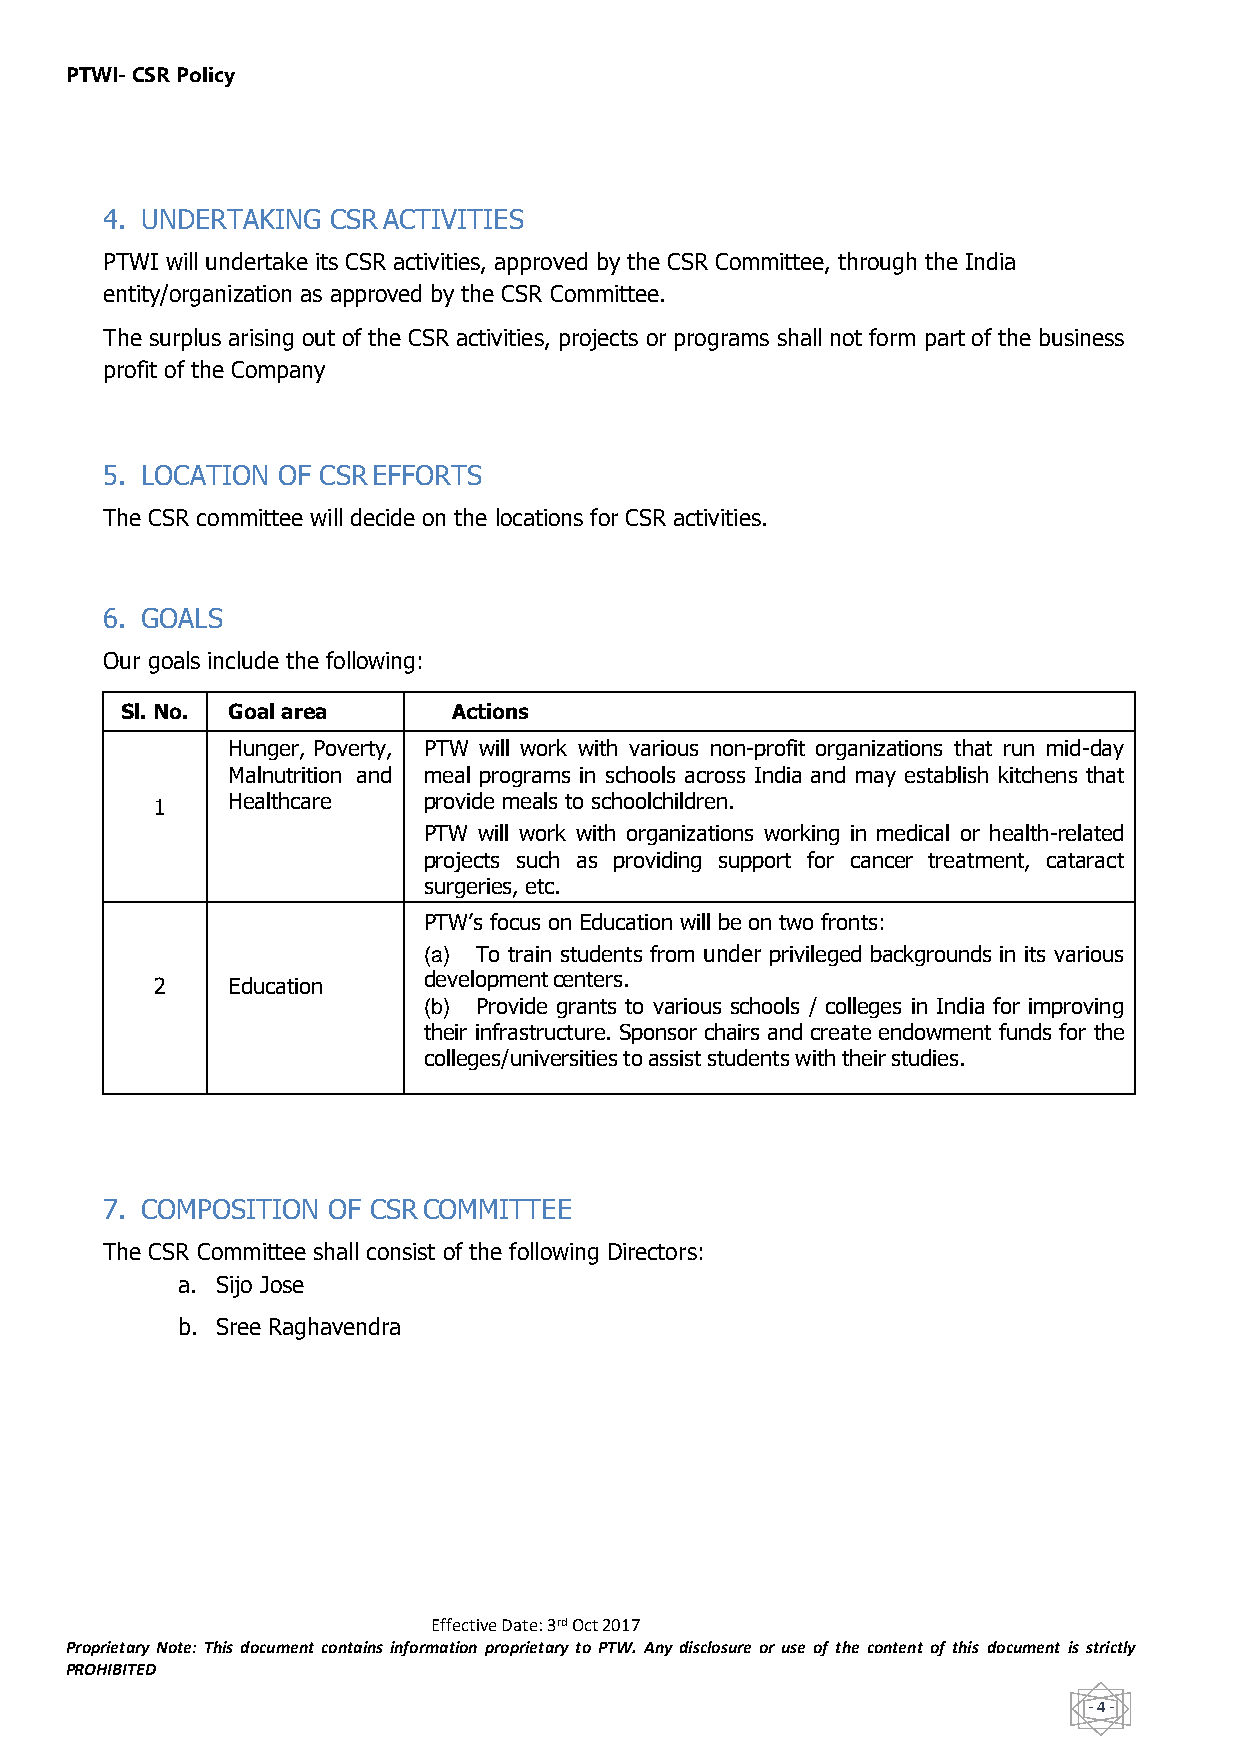
PTWI- CSR Policy
 4. UNDERTAKING CSR ACTIVITIES
 PTWI will undertake its CSR activities, approved by the CSR Committee, through the India
 entity/organization as approved by the CSR Committee.
 The surplus arising out of the CSR activities, projects or programs shall not form part of the business
 profit of the Company
 5. LOCATION OF CSR EFFORTS
 The CSR committee will decide on the locations for CSR activities.
 6. GOALS
 Our goals include the following:
 Sl. No. Goal area     Actions
 Hunger, Poverty, PTW will work with various non-profit organizations that run mid-day
 Malnutrition and meal programs in schools across India and may establish kitchens that
 1    Healthcare   provide meals to schoolchildren.
 PTW will work with organizations working in medical or health-related
 projects such as providing support for cancer treatment, cataract
 surgeries, etc.
 PTW’s focus on Education will be on two fronts:
 (a) To train students from under privileged backgrounds in its various
 2    Education    development centers.
 (b) Provide grants to various schools / colleges in India for improving
 their infrastructure. Sponsor chairs and create endowment funds for the
 colleges/universities to assist students with their studies.
 7. COMPOSITION OF CSR COMMITTEE
 The CSR Committee shall consist of the following Directors:
 a. Sijo Jose
 b. Sree Raghavendra
 Effective Date: 3rd Oct 2017
 Proprietary Note: This document contains information proprietary to PTW. Any disclosure or use of the content of this document is strictly
 PROHIBITED
 - 4 -